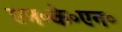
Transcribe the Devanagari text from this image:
एन॰के॰एन॰